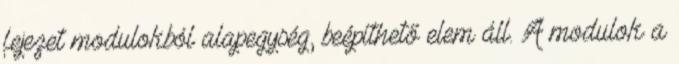
fejezet modulokból alapegység, beépíthető elem áll. A modulok a